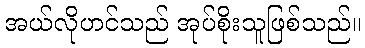
အယ်လိုဟင်သည် အုပ်စိုးသူဖြစ်သည်။